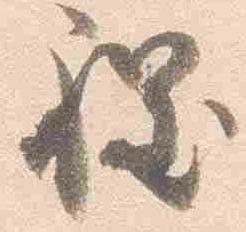
程